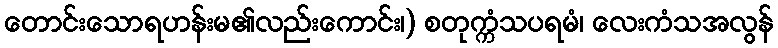
တောင်းသောရဟန်းမ၏လည်းကောင်း၊) စတုက္ကံသပရမံ၊ လေးကံသအလွန်